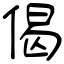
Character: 偈